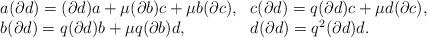
LaTeX: \begin{align*}\begin{array}{ll}a(\partial d)=(\partial d)a+\mu (\partial b)c+\mu b(\partial c), &c(\partial d)=q(\partial d)c+\mu d(\partial c), \\b(\partial d)=q(\partial d)b+\mu q(\partial b)d, &d(\partial d)=q^2(\partial d)d.\end{array} \end{align*}